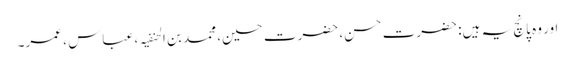
اور وہ پانچ یہ ہیں: حضرت حسن، حضرت حسین، محمد بن الحنفیہ ، عباس ، عمر۔